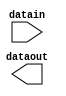
// megafunction wizard: %ALTIOBUF%VBB%
// GENERATION: STANDARD
// VERSION: WM1.0
// MODULE: altiobuf_in 

// ============================================================
// Megafunction Name(s):
// 			altiobuf_in
//
// Simulation Library Files(s):
// 			cyclonev
// ============================================================
// ************************************************************
// THIS IS A WIZARD-GENERATED FILE. DO NOT EDIT THIS FILE!
//
// 18.1.0 Build 625 09/12/2018 SJ Standard Edition
// ************************************************************

//Copyright (C) 2018  Intel Corporation. All rights reserved.
//Your use of Intel Corporation's design tools, logic functions 
//and other software and tools, and its AMPP partner logic 
//functions, and any output files from any of the foregoing 
//(including device programming or simulation files), and any 
//associated documentation or information are expressly subject 
//to the terms and conditions of the Intel Program License 
//Subscription Agreement, the Intel Quartus Prime License Agreement,
//the Intel FPGA IP License Agreement, or other applicable license
//agreement, including, without limitation, that your use is for
//the sole purpose of programming logic devices manufactured by
//Intel and sold by Intel or its authorized distributors.  Please
//refer to the applicable agreement for further details.

module altiobuf_ibuf (
	datain,
	dataout)/* synthesis synthesis_clearbox = 1 */;

	input	[0:0]  datain;
	output	[0:0]  dataout;

endmodule

// ============================================================
// CNX file retrieval info
// ============================================================
// Retrieval info: PRIVATE: INTENDED_DEVICE_FAMILY STRING "Cyclone V"
// Retrieval info: PRIVATE: SYNTH_WRAPPER_GEN_POSTFIX STRING "0"
// Retrieval info: LIBRARY: altera_mf altera_mf.altera_mf_components.all
// Retrieval info: CONSTANT: INTENDED_DEVICE_FAMILY STRING "Cyclone V"
// Retrieval info: CONSTANT: enable_bus_hold STRING "FALSE"
// Retrieval info: CONSTANT: number_of_channels NUMERIC "1"
// Retrieval info: CONSTANT: use_differential_mode STRING "FALSE"
// Retrieval info: CONSTANT: use_dynamic_termination_control STRING "FALSE"
// Retrieval info: USED_PORT: datain 0 0 1 0 INPUT NODEFVAL "datain[0..0]"
// Retrieval info: USED_PORT: dataout 0 0 1 0 OUTPUT NODEFVAL "dataout[0..0]"
// Retrieval info: CONNECT: @datain 0 0 1 0 datain 0 0 1 0
// Retrieval info: CONNECT: dataout 0 0 1 0 @dataout 0 0 1 0
// Retrieval info: GEN_FILE: TYPE_NORMAL altiobuf_ibuf.v TRUE
// Retrieval info: GEN_FILE: TYPE_NORMAL altiobuf_ibuf.inc FALSE
// Retrieval info: GEN_FILE: TYPE_NORMAL altiobuf_ibuf.cmp FALSE
// Retrieval info: GEN_FILE: TYPE_NORMAL altiobuf_ibuf.bsf FALSE
// Retrieval info: GEN_FILE: TYPE_NORMAL altiobuf_ibuf_inst.v FALSE
// Retrieval info: GEN_FILE: TYPE_NORMAL altiobuf_ibuf_bb.v TRUE
// Retrieval info: LIB_FILE: cyclonev